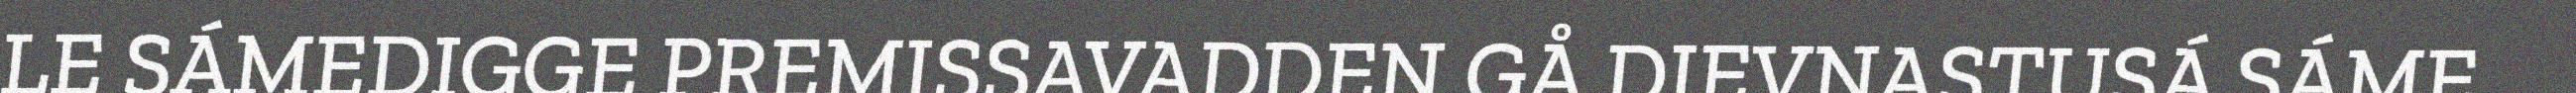
LE SÁMEDIGGE PREMISSAVADDEN GÅ DIEVNASTUSÁ SÁME